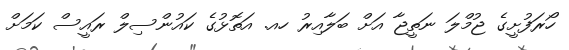
ހޯރަފުށީގެ ޖުމްލަ ނަތީޖާ އަށް ބަލާއިރު ހއ. އަތޮޅުގެ ކައުންސިލް ރައީސް ކަމަށް